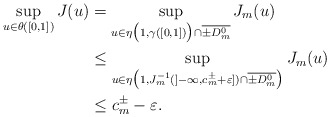
\begin{align*}\sup_{\substack{u\in\theta([0,1])}}J(u)&=\sup_{\substack{u\in\eta\big(1,\gamma([0,1])\big)\cap \overline{\pm D^0_m}}}J_m(u)\\&\leq \sup_{\substack{u\in\eta\big(1,J_m^{-1}(]-\infty,c^\pm_{m}+\varepsilon])\cap \overline{\pm D^0_m}\big)}}J_m(u)\\&\leq c^\pm_{m}-\varepsilon.\end{align*}